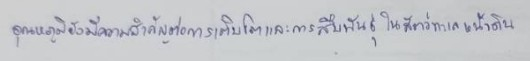
อุณหภูมิยังมีความสำคัญต่อการเติบโตและการสืบพันธุ์ในสัตว์ทะเลหน้าดิน